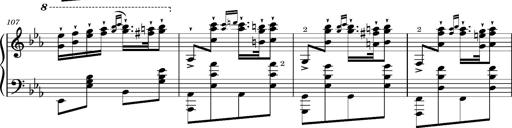
Title: Magyar rapszÃ³diÃ¡k
Composer: Franz Liszt